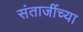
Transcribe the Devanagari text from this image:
संताजींच्या